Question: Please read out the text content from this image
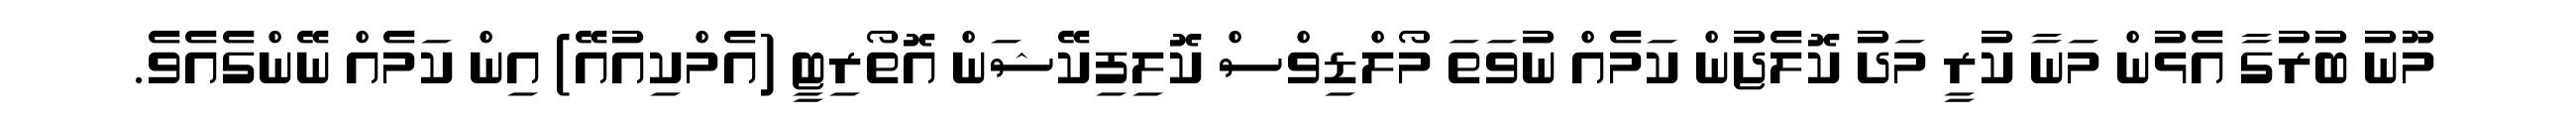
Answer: މޫނު ބުރުގާ އެޅުން މަނާ ކުރީ މަދު ކޮލެޖުން ކަމެއް ނުވަތަ މޯލްޑިވްސް ކޮލިފިކޭޝަން އޮތޯރިޓީ (އެމްކިއުއޭ) އިން ކަމެއް ނޭންގެއެވެ.